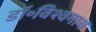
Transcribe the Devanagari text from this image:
डॉ॰विश्वनाथ